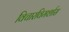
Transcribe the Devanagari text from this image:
विचारविमर्शास